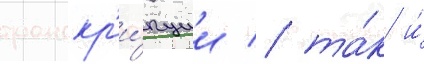
транскр'и́пции / та́к и́